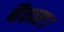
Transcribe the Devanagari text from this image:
बैठाए।